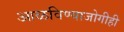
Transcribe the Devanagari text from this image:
आळविण्याजोगीही